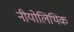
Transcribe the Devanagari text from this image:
नीयोलिथिक